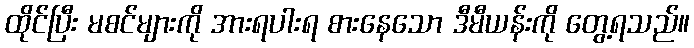
ထိုင်ပြီး မစင်များကို အားရပါးရ စားနေသော ဒီမီယန်းကို တွေ့ရသည်။